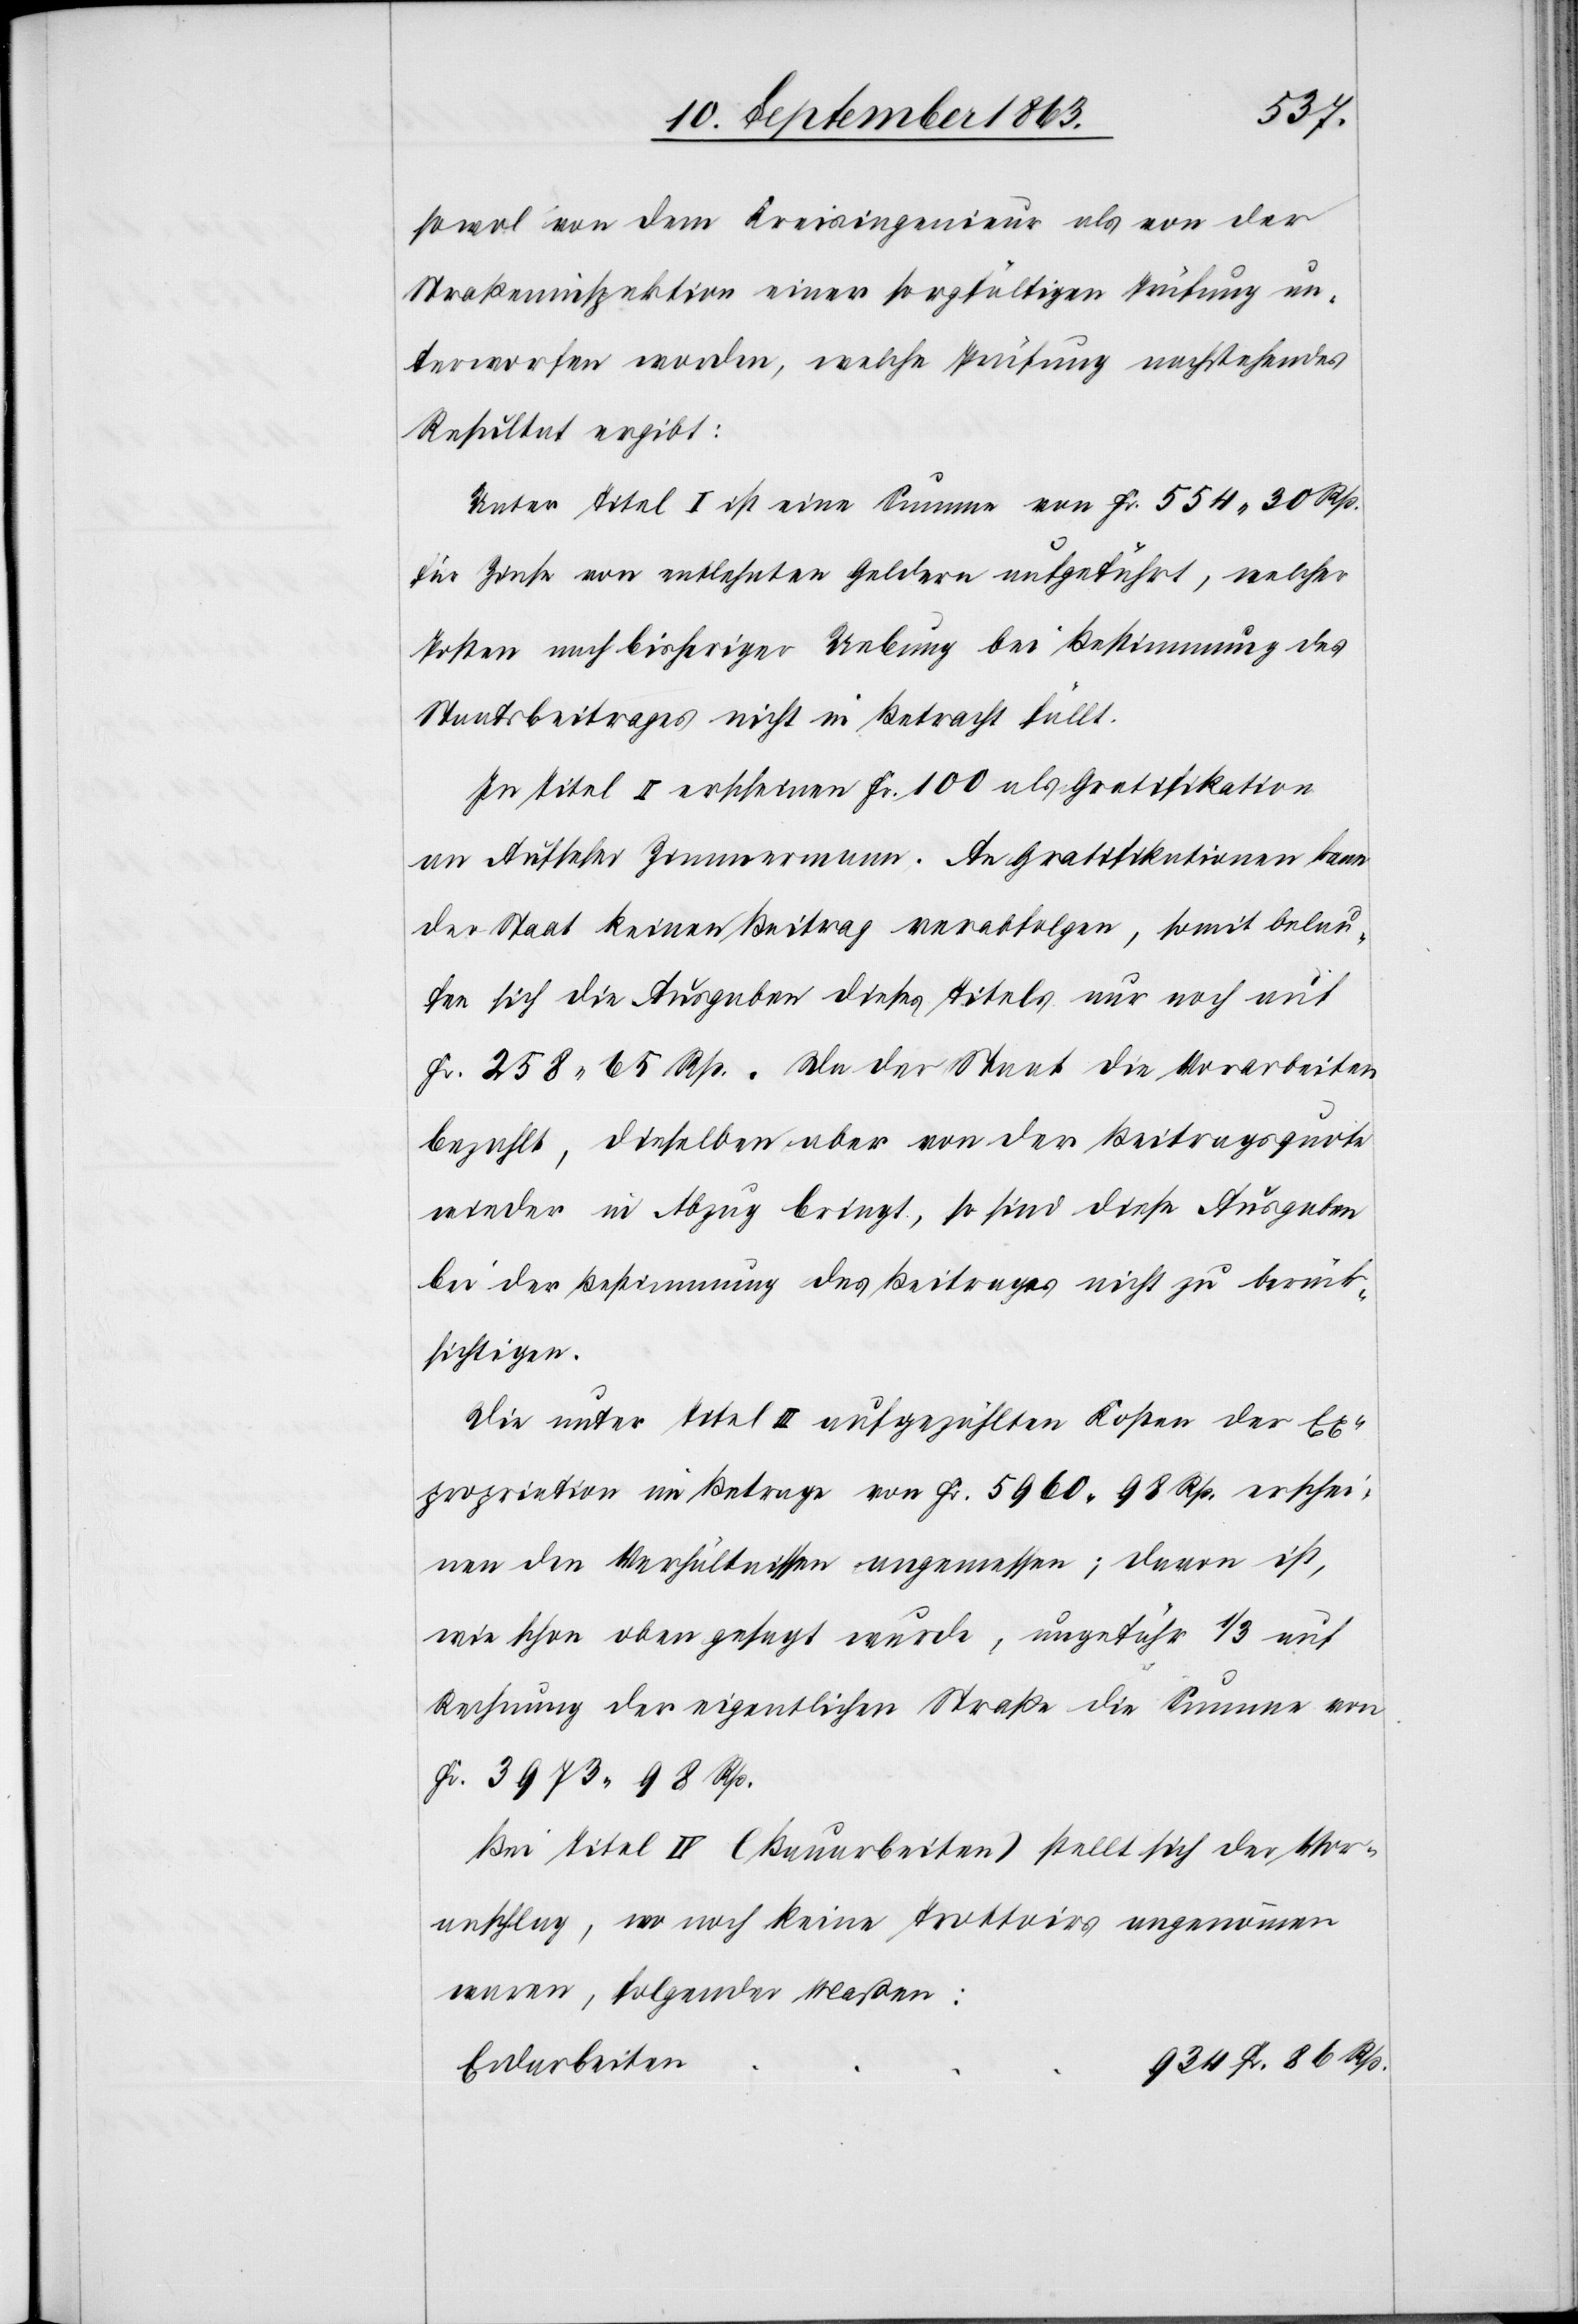
934 Fr.
sowol von dem Kreisingenieur als von der
Straßeninspektion einer sorgfältigen Prüfung un¬
terworfen worden, welche Prüfung nachstehendes
Resultat ergibt:
Unter Titel I ist eine Summe von Fr. 554. 30 Rp.
für Zinse von entlehnten Geldern aufgeführt, welcher
Posten nach bisheriger Uebung bei Bestimmung des
Staatsbeitrages nicht in Betracht fällt.
In Titel II erscheinen Fr. 100 als Gratifikation
an Aufseher Zimmermann. An Gratifikationen kann
der Staat keinen Beitrag verabfolgen, somit belau¬
fen sich die Ausgaben dieses Titels nur noch auf
Fr. 258. 65 Rp.. Da der Staat die Vorarbeiten
bezahlt, dieselben aber von der Beitragsquote
wieder in Abzug bringt, so sind diese Ausgaben
bei der Bestimmung des Beitrages nicht zu berück¬
sichtigen.
Die unter Titel III aufgezählten Kosten der Ex¬
propriation im Betrage von Fr. 5960. 98 Rp. erschei¬
nen den Verhältnissen angemessen; davon ist,
wie schon oben gesagt wurde, ungefähr 1/3 auf
Rechnung der eigentlichen Straße die Summe von
Fr. 3973. 98 Rp.
Bei Titel IV (Bauarbeiten) stellt sich der Vor¬
anschlag, wo noch keine Trottoirs angenommen
waren, folgender Maßen:
Erdarbeiten